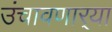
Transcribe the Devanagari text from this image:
उंचावणार्‍या